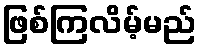
ဖြစ်ကြလိမ့်မည်